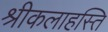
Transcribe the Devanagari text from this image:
श्रीकलाहस्ति